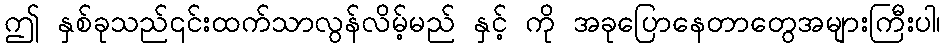
ဤ နှစ်ခုသည်၎င်းထက်သာလွန်လိမ့်မည် နှင့် ကို အခုပြောနေတာတွေအများကြီးပါ၊